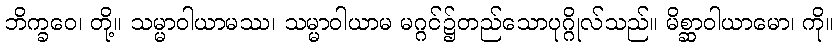
ဘိက္ခဝေ၊ တို့။ သမ္မာဝါယာမဿ၊ သမ္မာဝါယာမ မဂ္ဂင်၌တည်သောပုဂ္ဂိုလ်သည်။ မိစ္ဆာဝါယာမော၊ ကို။